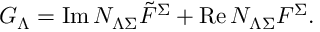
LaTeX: { \cal G } _ { \Lambda } = \mathrm { I m } \, { \cal N } _ { \Lambda \Sigma } { \tilde { \cal F } } ^ { \Sigma } + \mathrm { R e } \, { \cal N } _ { \Lambda \Sigma } { \cal F } ^ { \Sigma } .